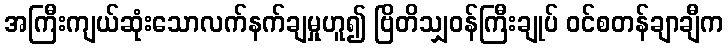
အကြီးကျယ်ဆုံးသောလက်နက်ချမှုဟူ၍ ဗြိတိသျှဝန်ကြီးချုပ် ဝင်စတန်ချာချီက